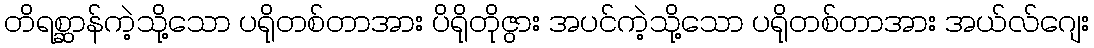
တိရစ္ဆာန်ကဲ့သို့သော ပရိုတစ်တာအား ပိရိုတိုဇွား အပင်ကဲ့သို့သော ပရိုတစ်တာအား အယ်လ်ဂျေး